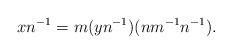
LaTeX: \begin{align*}xn^{-1}=m(yn^{-1})(nm^{-1}n^{-1}).\end{align*}